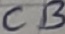
Text: CB